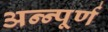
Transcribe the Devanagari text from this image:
अन्न्पूर्ण